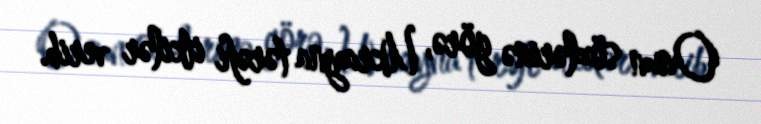
Onun sözlərinə görə, Ukrayna tərəfi itkilər verib.